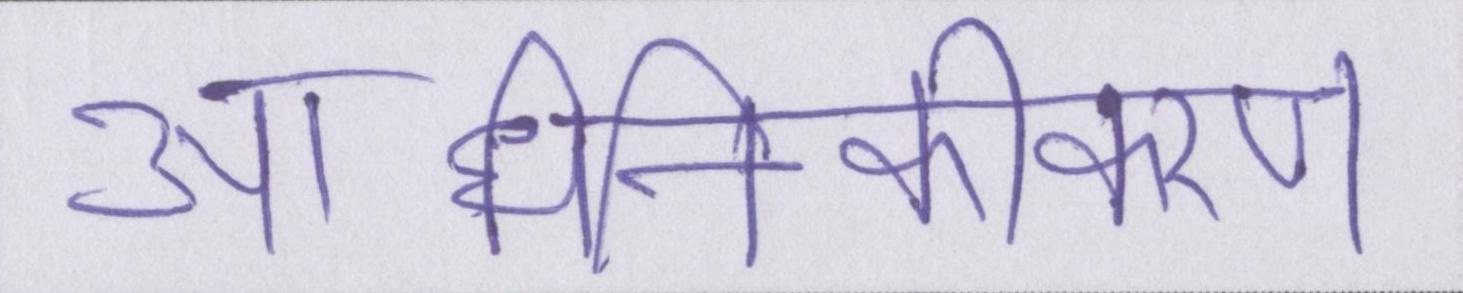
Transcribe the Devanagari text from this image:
आधुनिकीकरण